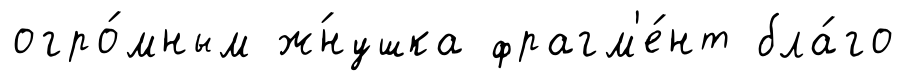
огро́мным ж́нушка фрагм'е́нт бла́го